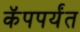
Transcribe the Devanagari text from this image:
कॅपपर्यंत